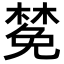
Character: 𪳟